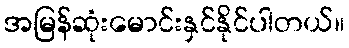
အမြန်ဆုံးမောင်းနှင်နိုင်ပါတယ်။